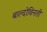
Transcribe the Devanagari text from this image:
बाल्दोविनती